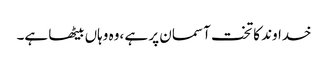
خداوند کا تخت آسمان پر ہے ،وہ وہاں بیٹھا ہے۔